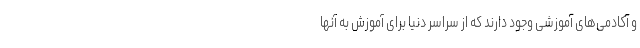
و آکادمی‌های آموزشی وجود دارند که از سراسر دنیا برای آموزش به آنها